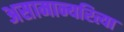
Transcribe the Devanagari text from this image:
असामान्यरित्या